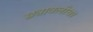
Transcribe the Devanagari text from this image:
छत्रावलीचा